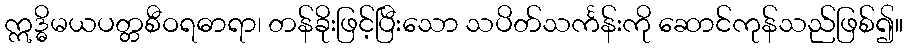
ဣဒ္ဓိမယပတ္တစီဝရဓာရာ၊ တန်ခိုးဖြင့်ပြီးသော သပိတ်သင်္ကန်းကို ဆောင်ကုန်သည်ဖြစ်၍။